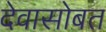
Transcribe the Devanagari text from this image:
देवासोबत